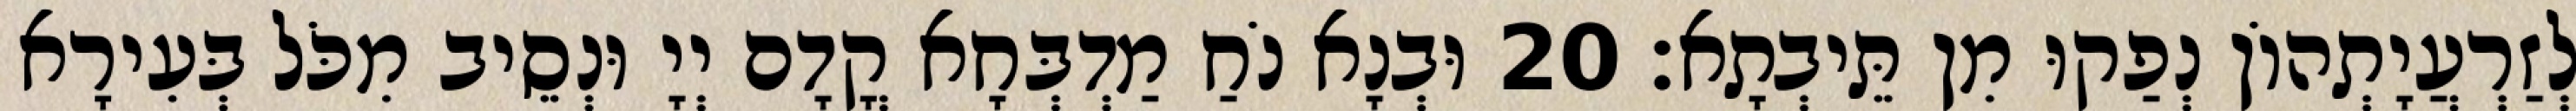
לְזַרְעֲיָתְהוֹן נְפַקוּ מִן תֵּיבְתָא׃ 20 וּבְנָא נֹחַ מַדְבְּחָא קֳדָם יְיָ וּנְסֵיב מִכֹּל בְּעִירָא